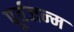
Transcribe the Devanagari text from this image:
पूर्वजन्‍म